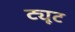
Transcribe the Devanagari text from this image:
ट्यूट